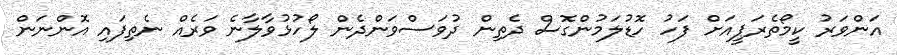
އަންވަރު ކީމޯތެރަޕީއަށް ފަހު ހޮޑުލަމުންގޮސް ދެތިން ދުވަސްވަންދެން ލޯހުޅުވާލާނެ ވަރެއް ނެތިފައި އޮންނަން